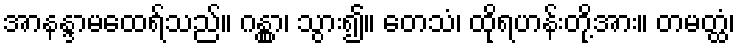
အာနန္ဒာမထေရ်သည်။ ဂန္တွာ၊ သွား၍။ တေသံ၊ ထိုရဟန်းတို့အား။ တမတ္ထံ၊